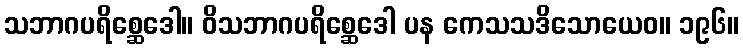
သဘာဂပရိစ္ဆေဒေါ။ ဝိသဘာဂပရိစ္ဆေဒေါ ပန ကေသသဒိသောယေဝ။ ၁၉၆။